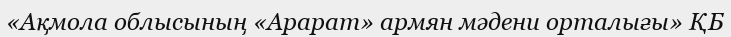
«Ақмола облысының «Арарат» армян мәдени орталығы» ҚБ